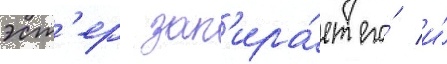
эст'ер зап'ира́ет его́ и́